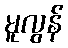
မူလွန်